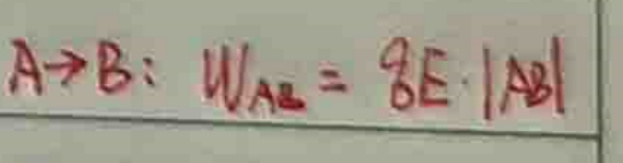
$A \to B: W_{AB} = qE \cdot |AB|$